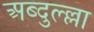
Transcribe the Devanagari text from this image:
अब्दुल्ल्ला